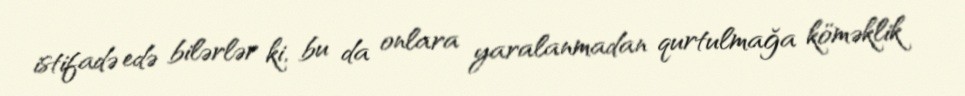
istifadə edə bilərlər ki, bu da onlara yaralanmadan qurtulmağa köməklik